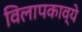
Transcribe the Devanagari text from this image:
विलापकाव्ये